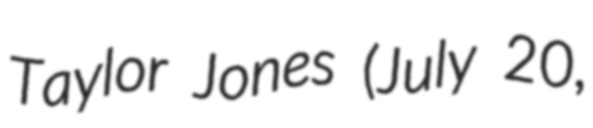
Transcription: Taylor Jones (July 20,